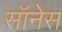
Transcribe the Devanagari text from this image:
सॉनेस